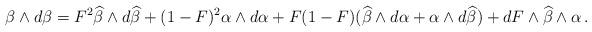
LaTeX: \begin{align*}\beta \wedge d\beta = F^2\widehat \beta \wedge d\widehat \beta + (1-F)^2\alpha\wedge d\alpha + F(1-F)(\widehat \beta \wedge d\alpha + \alpha\wedge d\widehat \beta)+dF\wedge \widehat \beta \wedge\alpha\,.\end{align*}